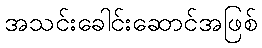
အသင်းခေါင်းဆောင်အဖြစ်